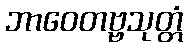
ဘာဝေတဗ္ဗသုတ္တံ